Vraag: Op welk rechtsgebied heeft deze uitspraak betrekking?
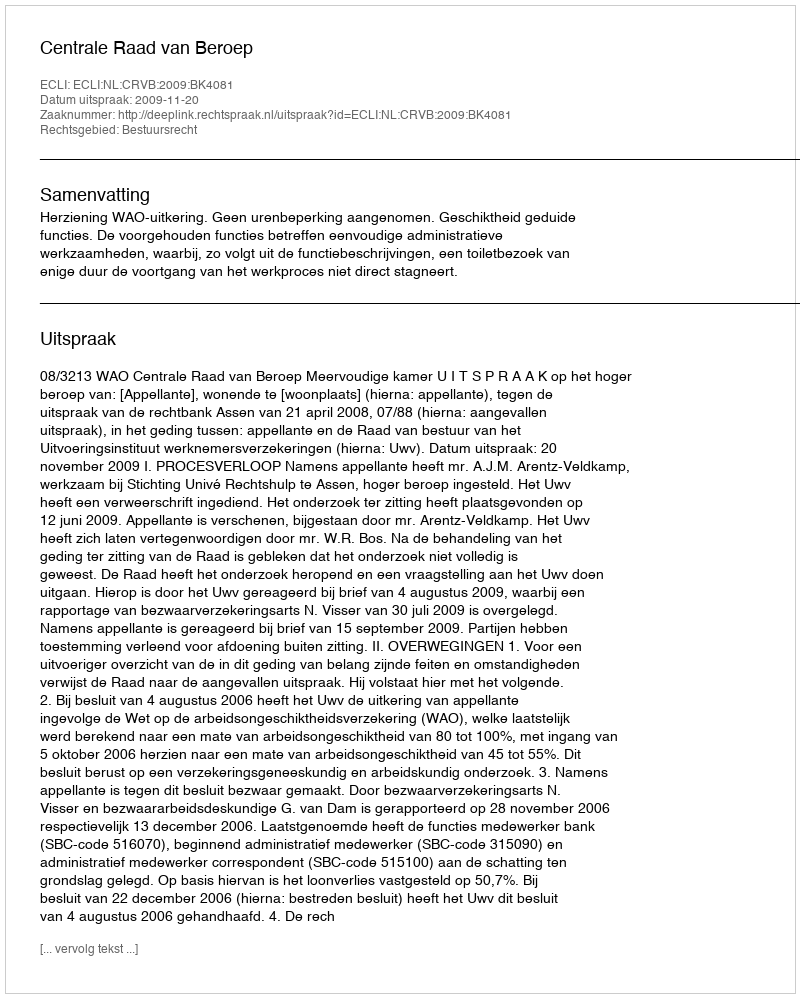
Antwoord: Bestuursrecht